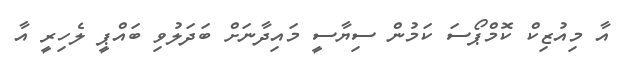
އާ މިއުޒިކް ކޮމްޕޯސަ ކަމުން ސިޔާސީ މައިދާނަށް ބަދަލުވި ބައްޕީ ލެހިރީ އާ